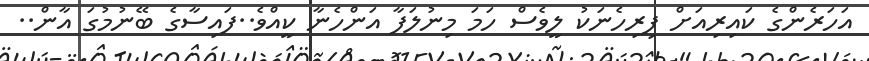
އަހަރެންގެ ކައިރިއަށް ފިރިހެނަކު ލީވެސް ހަމަ މިނުލަފާ އަންހެނާ ކީއްވެ..ފައިސާގެ ބޭނުމުގަ އާން..